Medical and sanitary report of the native army of Madras for the year
Year: 1875
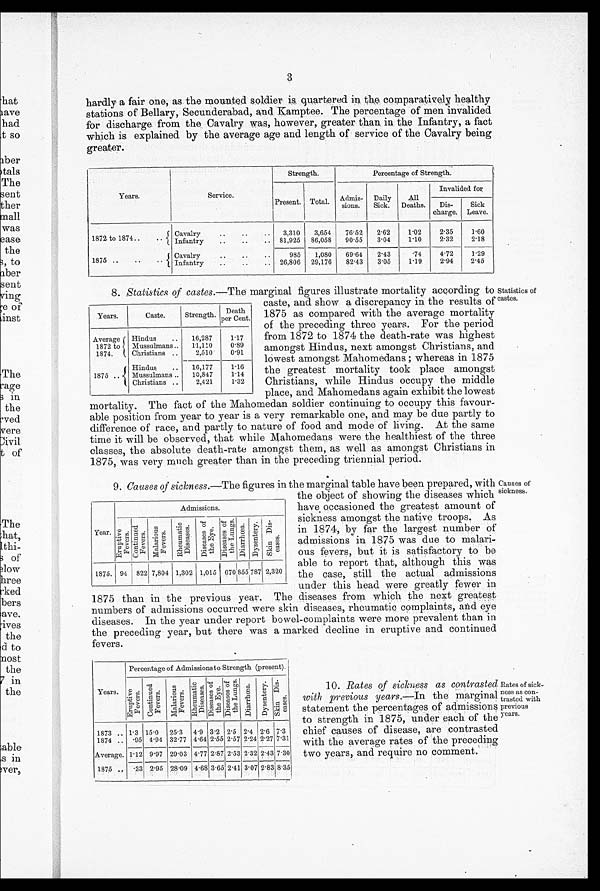
Years.
Caste.
Strength.
Death
per Cent.
Average
1872 to
1874.
Hindus
..
16,287
1.17
Mussulmans ..
11,110
0.89
Christians ..
2,510
0.91
1875 ..
Hindus
..
16,177
1.16
Mussulmans ..
10,847
1.14
Christians ..
2,421
1.32
Causes of sickness.— The figures in the marginal table have been prepared, with
the object of showing the diseases which
have. occasioned the greatest amount of
sickness amongst the native troops. As
in 1874, by far the largest number of
admissions in 1875 was due to malari-
ous fevers, but it is satisfactory to be
able to report that, although this was
the case, still the actual admissions
under this head were greatly fewer in
1875 than in the previous year. The diseases from which the next greatest
numbers of admissions occurred were skin diseases, rheumatic complaints, and eye
diseases. In the year under report bowel-complaints were more prevalent than in
the preceding year, but there was a marked decline in eruptive and continued
fevers.
9
Admissions.
Year.
Er upt i ve Fever s. c o n t i n u e d Fe v e r s
M a l a r i o u s F e v e r s .
R h e u m t i c D i s e a s e s
D i s e a s e s o f t h e E y e
D i s e a s e s o f t h e L u n g s .
D i a r r h œ a . D y s e n t e r y . S k i n d i s ¬ e a s e s
1875. 94 822 7,804 1,302 1,015
6 7 0
8 5 5
7 8 7 2,320
3
hardly a fair one, as the mounted. soldier is quartered in the comparatively healthy
stations of Bellary, Secunderabad, and Kamptee. The percentage of men invalided
for discharge from the . Cavalry was, however, greater than in the Infantry, a fact
which is explained by the average age and length of service of the Cavalry being
greater.
Years.
Service.
Strength.
Percentage of Strength.
Present. Total.
Admis
¬ sions.
Daily
Sick.
All
Deaths.
Invalided for
Dis
¬ c h a r g e .
Sick
Leave.
1872 to 1874 ..
..
Cavalry
. . .
. .
. .
3,310
3,654
76.52
2.62
1.02
2.35
1.60
Infantry
..
..
..
81,925
86,058
90.55
3.04
1.10
2.32
2.18
1875 ..
...
Cavalry..
..
9 8 5
1,080
69.64
2.43
.74
4.72
1.29
Infantry ..
. . 26,806
29,176
8 2 . 4 3
3.05
1.19
2.94
2.45
Statistics of castes.— The marginal figures illustrate mortality according to
caste, and show a discrepancy in the results of
1875 as compared with the average mortality
of the preceding three years. For the period
from 1872 to 1874 the death-rate was highest
amongst Hindus, next amongst Christians, and
lowest amongst Mahomedans ; whereas in 1875
the greatest mortality took place amongst
Christians, while Hindus occupy the middle
place, and Mahomedans again exhibit the lowest
mortality. The fact of the Mahomedan soldier continuing to occupy this favour-
able position from year to year is a very remarkable one, and may be due partly to
difference of race, and partly to nature of food and mode of living. At the same
time it will be observed, that while Mahomedans were the healthiest of the three
classes, the absolute death-rate amongst them, as well as amongst Christians in
1875, was very much greater than in the preceding triennial period.
8.
Statistics of
castes.
Causes of
sickness.
Percentage of Admissionsto Strength (present).
Years.
E r u p t i v e F e v e r s .
C o n t i n u e d F e v e r s .
Mal ar i ous Fever s. R h e u m a t i c D i s e a s e s .
D i s e a s e s o f t h e E y e .
D i s e a s e s o f t h e L u n g s . Di ar r hœa. Dys ent er y. Ski n Di s. eases.
1873 .. 1.3 15.0
25.3
4.9 3.2 2.5 2 . 4 2 . 6 7.3
1874 ..
. 9 5 4.94 32.77 4 . 64 2 . 55 2 . 57 2.24 2.27 7.31
Average. 1 . 12 9.72 29.03 4.77 2.87 2.53 2.32 2.43 7.30
1875
•33 2.95 28.09 4.68 3.65 2.41 3.07 2.83 8.35
R a t e s o f s i c k n e s s a s c o n t r a s t e d
with previous years.— In the marginal
statement the percentages of admissions
to strength in 1875, under each of the
chief causes of disease, are contrasted
with the average rates of the preceding
two years, and require no comment.
10
Rates of sick-
ness as con-
trasted with
previous
years.